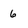
Character: 6